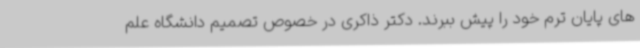
های پایان ترم خود را پیش ببرند. دکتر ذاکری در خصوص تصمیم دانشگاه علم